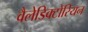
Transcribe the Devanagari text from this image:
वैलेडिक्टोरियन